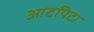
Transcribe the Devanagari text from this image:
आटपिटा